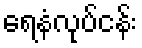
ရေနံလုပ်ငန်း